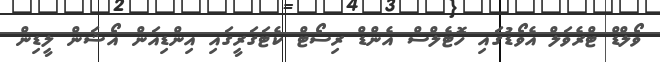
ވޯލްޑް ޓްރެވަލް އެވޯޑުގައި ހޮޓެލްސް އެންޑް ރިސޯޓް ކެޓަގަރީގައި އިންޑިއަން އޯޝަން ލީޑިން